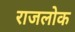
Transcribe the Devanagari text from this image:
राजलोक